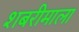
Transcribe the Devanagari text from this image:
शबरीमाला